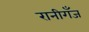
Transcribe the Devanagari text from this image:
रानीगँज